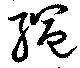
縄